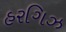
હરગિઝ